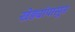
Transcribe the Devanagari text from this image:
खेड्यांपासून